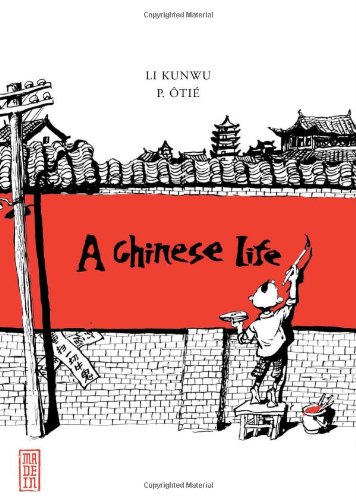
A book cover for A Chinese Life; Philippe Otie; Biographies & Memoirs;